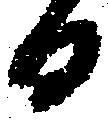
日